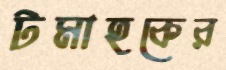
টমাহকের